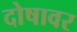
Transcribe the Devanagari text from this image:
दोषावर